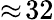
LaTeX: \approx\! 32